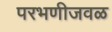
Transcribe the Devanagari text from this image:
परभणीजवळ